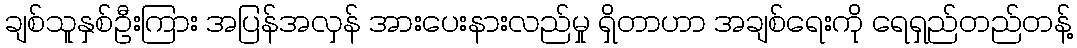
ချစ်သူနှစ်ဦးကြား အပြန်အလှန် အားပေးနားလည်မှု ရှိတာဟာ အချစ်ရေးကို ရေရှည်တည်တန့်